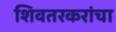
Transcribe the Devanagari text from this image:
शिवतरकरांचा